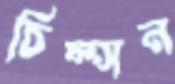
চিম্‌সন